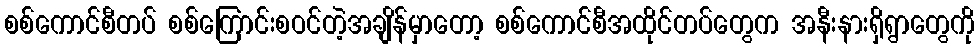
စစ်ကောင်စီတပ် စစ်ကြောင်းစဝင်တဲ့အချိန်မှာတော့ စစ်ကောင်စီအထိုင်တပ်တွေက အနီးနားရှိရွာတွေကို